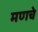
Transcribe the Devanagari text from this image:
मणचे